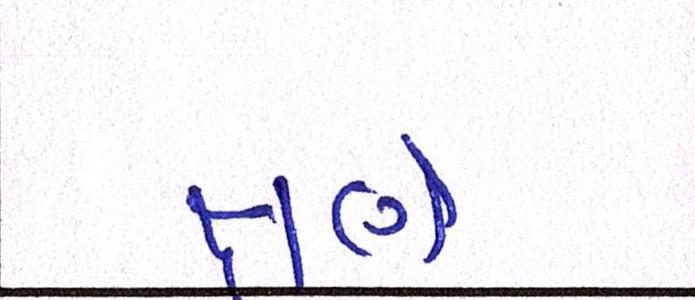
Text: ક્ષણે